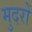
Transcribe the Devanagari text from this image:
मुदरों